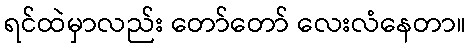
ရင်ထဲမှာလည်း တော်တော် လေးလံနေတာ။